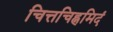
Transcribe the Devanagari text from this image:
चित्तचिह्नमिदं